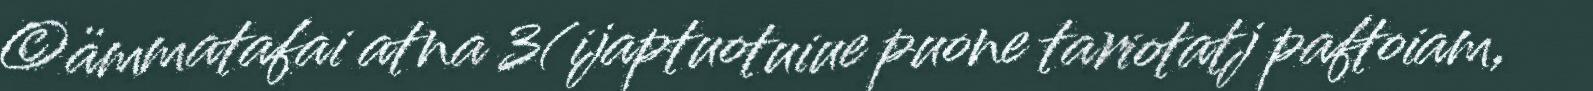
©ämmatafai atna 3(ijaptuotuiue puone tariotatj paftoiam,